Regulations for the medical services of the Army of India
Year: 1930
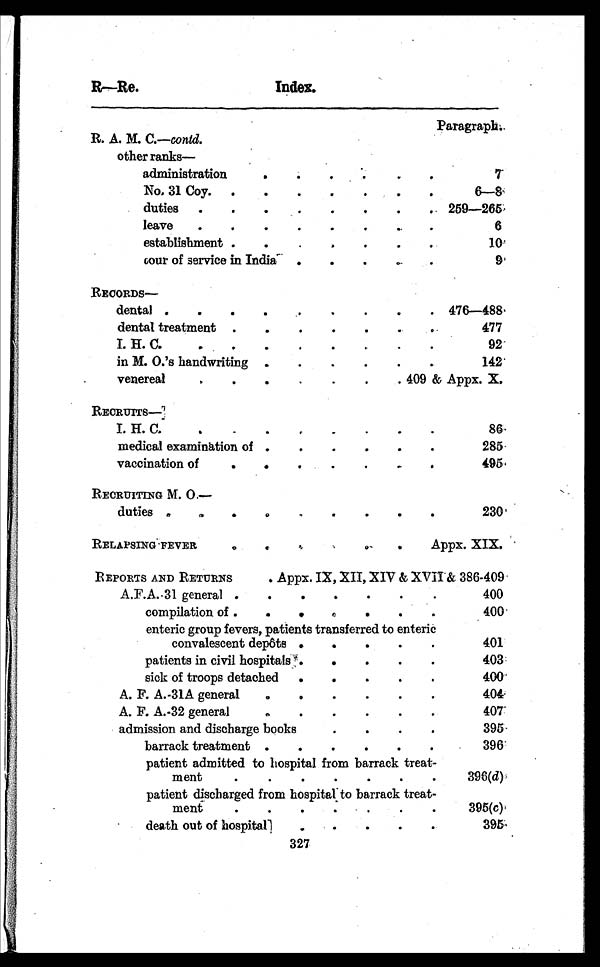
R—Re.
Paragraph.
R. A. M. C.—contd.
other ranks—
administration
. . .
7
No. 31 Coy . . .
6—8
duties . . . 259—265
leave . . .
6
establishment . . .
10
tour of service in India . . .
9
RECORDS—
dental
. . . 476—488
dental treatment . . .
477
I. H. C. . . .
92
in M. O.'s handwriting . . .
142
venereal
409 & Appx. X.
REORurrs—
I. H. C. . . .
86
medical examination of . . .
285
vaccination of . . .
495
RECRUITING M. O. —
duties . . .
230
RELAPSING FEVER . . .
Appx. XIX.
REPORTS AND RETURNS . Appx. IX, XII, XIV & XVII & 386-409
A.F.A.-31 general . . .
400
compilation of . . .
400
enteric group fevers, patients transferred to enteric
convalescent depôts . . .
401
patients in civil hospitals . . .
403
sick of troops detached . . .
400
A. F. A.-31A general . . .
404
A. F. A.-32 general . . .
407
admi s s i on and di s char ge books . . .
395
barrack treatment . . .
396
patient admitted to hospital from barrack treat -
ment . . .
396(d)
patient discharged from hospital to barrack treat -
ment . . .
395(c)
death out of hospital
395
327